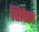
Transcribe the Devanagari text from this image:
शिरेल